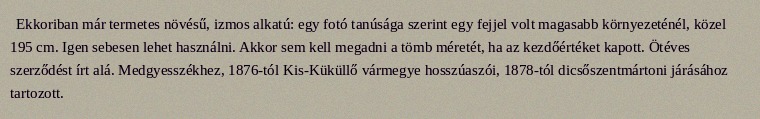
Ekkoriban már termetes növésű, izmos alkatú: egy fotó tanúsága szerint egy fejjel volt magasabb környezeténél, közel 195 cm. Igen sebesen lehet használni. Akkor sem kell megadni a tömb méretét, ha az kezdőértéket kapott. Ötéves szerződést írt alá. Medgyesszékhez, 1876-tól Kis-Küküllő vármegye hosszúaszói, 1878-tól dicsőszentmártoni járásához tartozott.